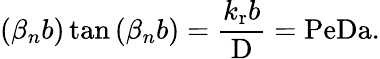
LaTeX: (\beta_{n}b)\tan{(\beta_{n}b)}=\frac{k_{\mathrm{r}}b}{\mathrm{D}}=\mathrm{PeDa}.